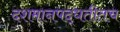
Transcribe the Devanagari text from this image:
दशमानपद्धतीतच